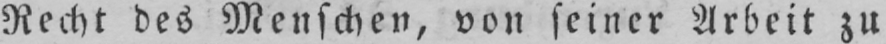
Recht des Menschen, von seiner Arbeit zu